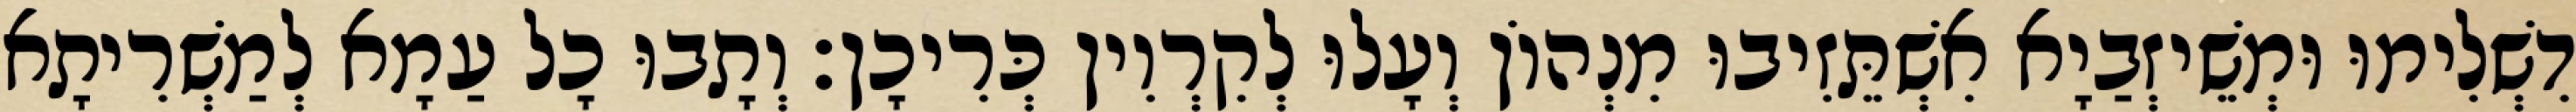
דִשְׁלִימוּ וּמְשֵׁיזְבַיָא אִשְׁתֵּזִיבוּ מִנְהוֹן וְעָלוּ לְקִרְוִין כְּרִיכָן׃ וְתָבוּ כָל עַמָא לְמַשְׁרִיתָא